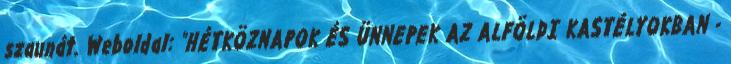
szaunát. Weboldal: "HÉTKÖZNAPOK ÉS ÜNNEPEK AZ ALFÖLDI KASTÉLYOKBAN -